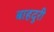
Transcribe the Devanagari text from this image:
बाहदुरी